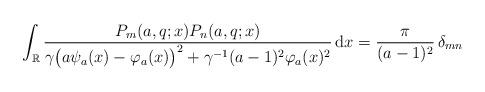
LaTeX: \begin{align*}\int_{\mathbb{R}}\frac{P_{m}(a,q;x)P_{n}(a,q;x)}{\gamma\big(a\psi_{a}(x)-\varphi_{a}(x)\big)^{2}+\gamma^{-1}(a-1)^{2}\varphi_{a}(x)^{2}}\,\mbox{d}x=\frac{\pi}{(a-1)^{2}}\,\delta_{mn}\end{align*}